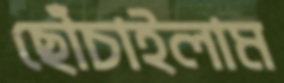
ছোঁচাইলাম